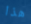
هذا